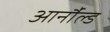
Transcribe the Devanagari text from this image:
आर्नौल्ड